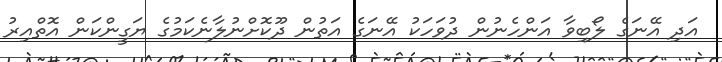
އަދި އޭނަގެ ލޯބިވާ އަންހެނުން ދުވަހަކު އޭނަގެ އަތުން ދޫކޮށްނުލާނެކަމުގެ ޔަގީންކަން އޮތްއިރު